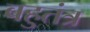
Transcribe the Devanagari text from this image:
बहुतंत्र